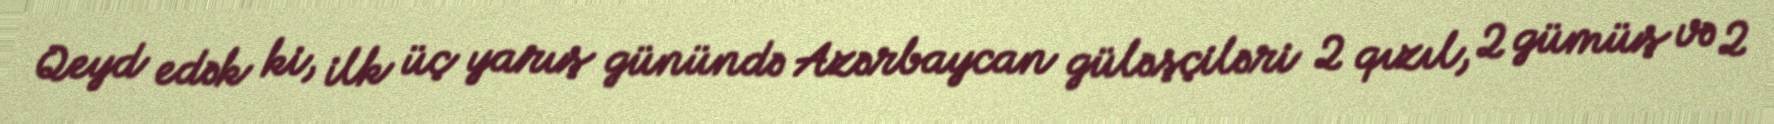
Qeyd edək ki, ilk üç yarış günündə Azərbaycan güləşçiləri 2 qızıl, 2 gümüş və 2